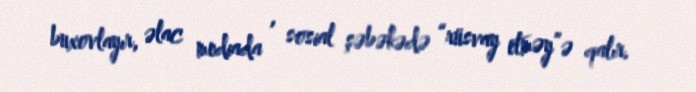
buxovlayır, əlac mediada , sosial şəbəkədə “rüsvay etməy”ə qalır.